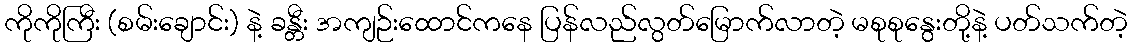
ကိုကိုကြီး (စမ်းချောင်း) နဲ့ ခန္တီး အကျဉ်းထောင်ကနေ ပြန်လည်လွတ်မြောက်လာတဲ့ မစုစုနွေးတို့နဲ့ ပတ်သက်တဲ့